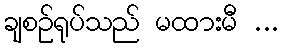
ချစဉ်ရုပ်သည် မထားမီ ...